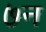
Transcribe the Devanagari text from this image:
७न